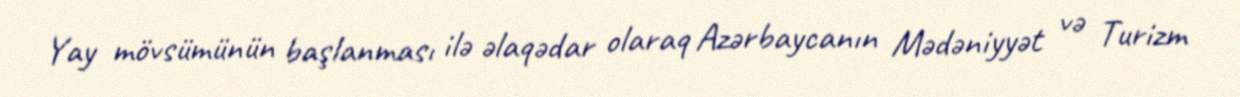
Yay mövsümünün başlanması ilə əlaqədar olaraq Azərbaycanın Mədəniyyət və Turizm